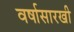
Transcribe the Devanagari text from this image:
वर्षासारखी